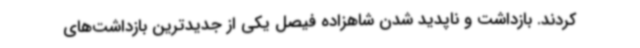
کردند. بازداشت و ناپدید شدن شاهزاده فیصل یکی از جدیدترین بازداشت‌های